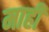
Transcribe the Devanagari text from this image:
माहीं